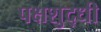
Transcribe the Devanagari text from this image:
पक्षशुद्धी